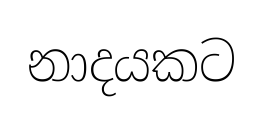
නාදයකට